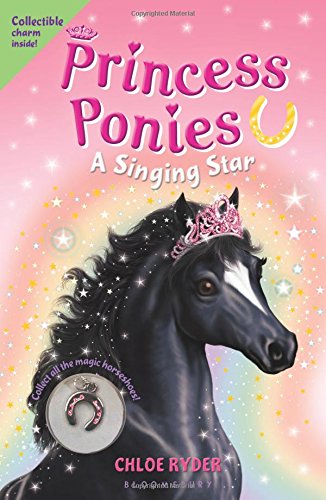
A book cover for Princess Ponies 8: A Singing Star; Chloe Ryder; Children's Books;